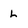
Character: L